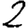
Digit: 2